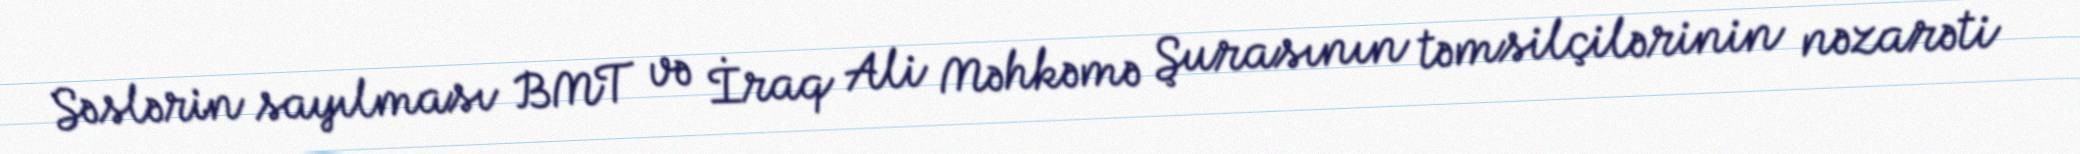
Səslərin sayılması BMT və İraq Ali Məhkəmə Şurasının təmsilçilərinin nəzarəti